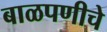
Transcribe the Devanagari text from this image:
बाळपणीचे